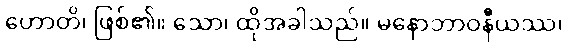
ဟောတိ၊ ဖြစ်၏။ သော၊ ထိုအခါသည်။ မနောဘာဝနီယဿ၊